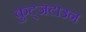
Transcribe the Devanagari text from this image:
कुट्जटाउन